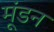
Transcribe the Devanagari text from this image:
मूंडन